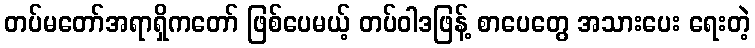
တပ်မတော်အရာရှိကတော် ဖြစ်ပေမယ့် တပ်ဝါဒဖြန့် စာပေတွေ အသားပေး ရေးတဲ့